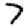
Digit: 7